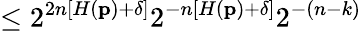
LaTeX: \leq 2^{2n\left[H\left(\mathbf{p}\right)+\delta\right]}2^{-n\left[H\left(\mathbf{p}\right)+\delta\right]}2^{-\left(n-k\right)}